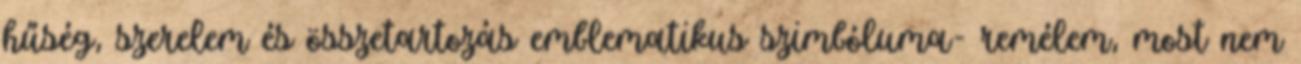
hűség, szerelem és összetartozás emblematikus szimbóluma- remélem, most nem